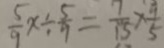
\frac { 5 } { 9 } x \div \frac { 5 } { 9 } = \frac { 7 } { 1 5 } \times \frac { 9 } { 5 }